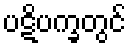
ပဋိပက္ခတွင်